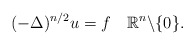
\begin{align*}(-\Delta)^{n/2}u=f\quad\mathbb{R}^{n}\backslash \{0\}.\end{align*}